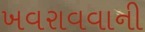
ખવરાવવાની